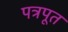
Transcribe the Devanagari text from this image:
पत्रपूत